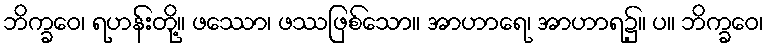
ဘိက္ခဝေ၊ ရဟန်းတို့။ ဖဿော၊ ဖဿဖြစ်သော။ အာဟာရေ၊ အာဟာရ၌။ ပ။ ဘိက္ခဝေ၊